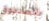
بالصندوق